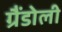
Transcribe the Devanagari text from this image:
ग्रैंडोली